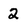
Character: 2